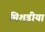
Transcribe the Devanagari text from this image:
मिशडीया